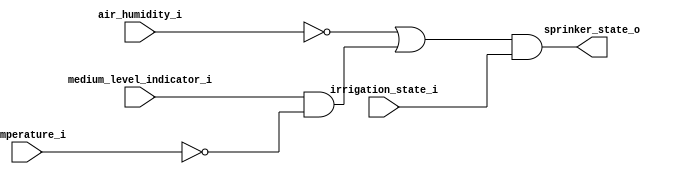
/* Triggers sprinklers based on water tank level, 
	irrigation trigger, temperature and air humidity. */

module sprinkler_trigger
(
	input wire  medium_level_indicator_i,
	input wire  irrigation_state_i,
	input wire  temperature_i,
	input wire  air_humidity_i,
	output wire sprinker_state_o
);

	// Declaring wires
	wire w0, w1, w2, w3;
	
	// Inverting both air humidity and temperature signals
	not inv0(w0, air_humidity_i);
	not inv1(w1, temperature_i);
	
	// Using AND gate on medium level and inverted temperature signals
	and and0(w2, medium_level_indicator_i, w1);
	
	// Applying OR gate on inverted air humidity and and0 output
	or or0(w3, w0, w2);
	
	// Using AND gate between or0 and irrigation state
	and sprinkler_activaction_result(
		 sprinker_state_o, w3, 
		 irrigation_state_i);

endmodule